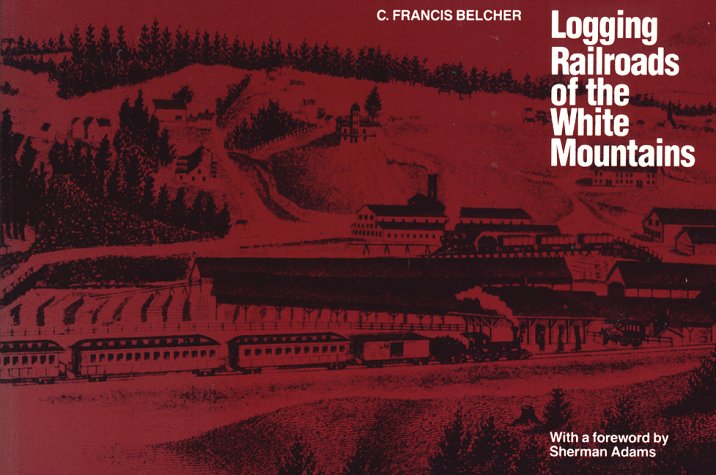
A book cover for Logging Railroads of the White Mountains (rev); C. Francis Belcher; Travel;